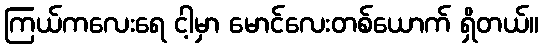
ကြယ်ကလေးရေ ငါ့မှာ မောင်လေးတစ်ယောက် ရှိတယ်။